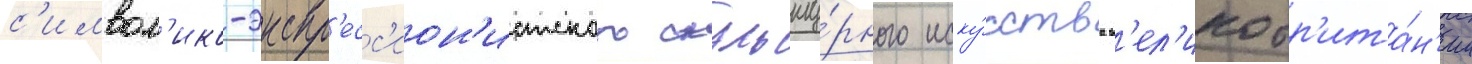
с'имвол'ико-экспр'есс'ион'истского скульпту́рного иску́сства в'ел'икобр'ита́н'ии